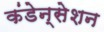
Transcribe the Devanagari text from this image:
कंडेन्सेशन